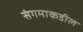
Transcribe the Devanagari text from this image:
संगमाकडील